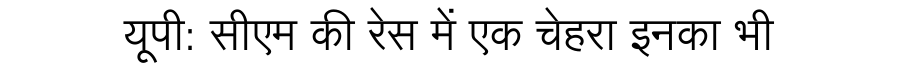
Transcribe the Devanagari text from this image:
यूपी: सीएम की रेस में एक चेहरा इनका भी